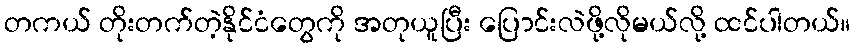
တကယ် တိုးတက်တဲ့နိုင်ငံတွေကို အတုယူပြီး ပြောင်းလဲဖို့လိုမယ်လို့ ထင်ပါတယ်။